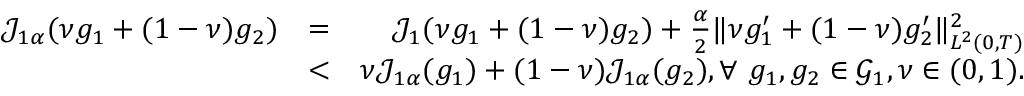
\begin{array} { r l r } { \mathcal { J } _ { 1 \alpha } ( \nu g _ { 1 } + ( 1 - \nu ) g _ { 2 } ) } & { = } & { \mathcal { J } _ { 1 } ( \nu g _ { 1 } + ( 1 - \nu ) g _ { 2 } ) + \frac { \alpha } { 2 } \Vert \nu g _ { 1 } ^ { \prime } + ( 1 - \nu ) g _ { 2 } ^ { \prime } \Vert _ { L ^ { 2 } ( 0 , T ) } ^ { 2 } } \\ & { < } & { \nu \mathcal { J } _ { 1 \alpha } ( g _ { 1 } ) + ( 1 - \nu ) \mathcal { J } _ { 1 \alpha } ( g _ { 2 } ) , \forall \ g _ { 1 } , g _ { 2 } \in \mathcal { G } _ { 1 } , \nu \in ( 0 , 1 ) . } \end{array}